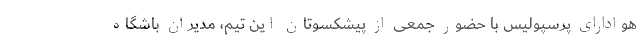
هوادارای پرسپولیس با حضور جمعی از پیشکسوتان این تیم، مدیران باشگاه